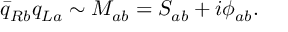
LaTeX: { \bar { q } } _ { R b } q _ { L a } \sim M _ { a b } = S _ { a b } + i { \phi } _ { a b } .